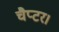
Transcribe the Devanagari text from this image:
चैप्टर।